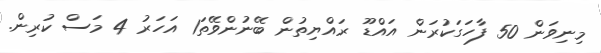
މިނިވަން 50 ފާހަގަކުރަން އައްޑޫ ރައްޔިތުން ބޭނުންވޭތަ1 އަހަރު 4 މަސް ކުރިން.